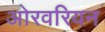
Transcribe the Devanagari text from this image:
ओरवरियन